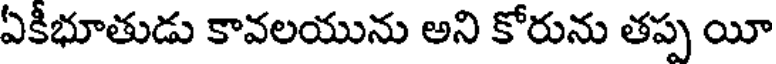
ఏకీభూతుడు కావలయును అని కోరును తప్ప యీ